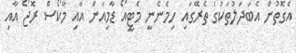
އެގޮތުން އެބަދަލުތަކުގެ ތެރޭގައި ހިމެނެނީ މެޓީއޯ ޑާމިއަން އާއި މާކޯސް ރޮޖޯ އާއި